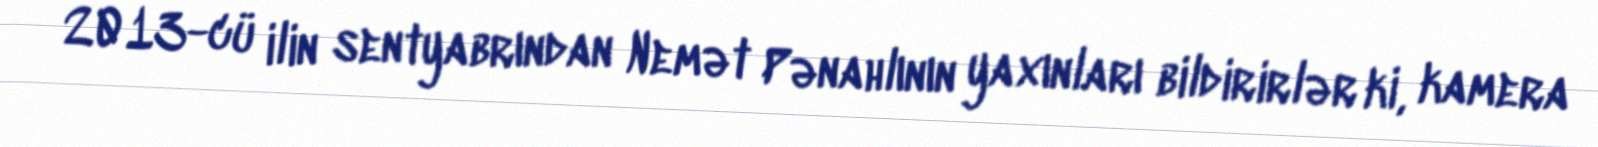
2013-cü ilin sentyabrından Nemət Pənahlının yaxınları bildirirlər ki, kamera